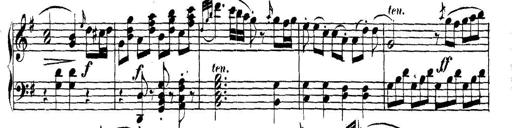
Title: Collected Piano Sonatas
Composer: Muzio Clementi